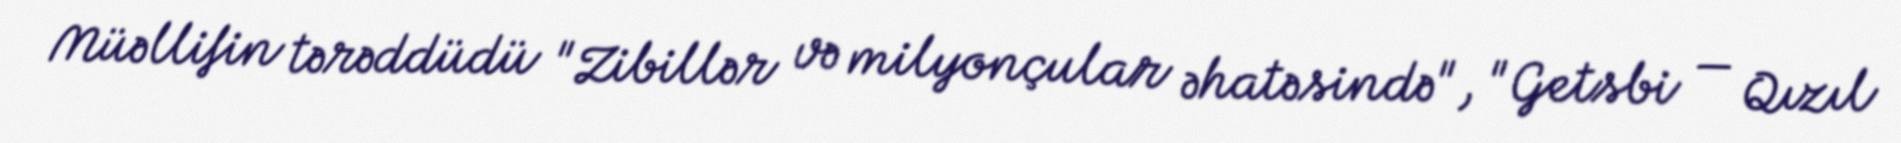
Müəllifin tərəddüdü "Zibillər və milyonçular əhatəsində", "Getsbi — Qızıl